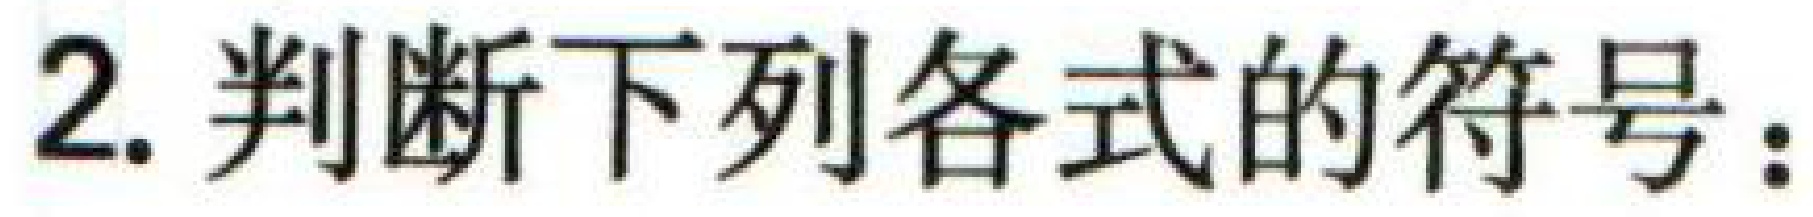
2. 判断下列各式的符号：